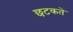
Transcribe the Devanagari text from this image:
छटकते